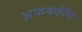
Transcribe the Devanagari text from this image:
अफेवेर्कीचे